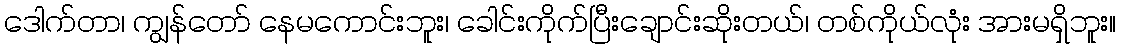
ဒေါက်တာ၊ ကျွန်တော် နေမကောင်းဘူး၊ ခေါင်းကိုက်ပြီးချောင်းဆိုးတယ်၊ တစ်ကိုယ်လုံး အားမရှိဘူး။